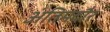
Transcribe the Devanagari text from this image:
अंतिमदौर